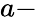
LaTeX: a-